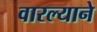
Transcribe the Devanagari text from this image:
वारल्याने